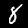
Label: 8